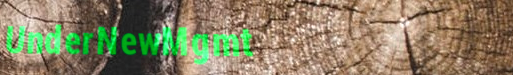
UnderNewMgmt